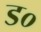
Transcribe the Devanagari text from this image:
ड०